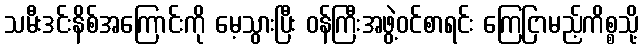
သမီးဒင်းနိစ်အကြောင်းကို မေ့သွားပြီး ဝန်ကြီးအဖွဲ့ဝင်စာရင်း ကြေငြာမည့်ကိစ္စသို့